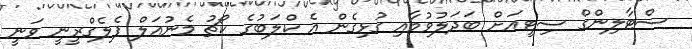
ސްޓާލިންގް ސިޓީއަށް ބަދަލުވުމާއި ގުޅިގެން އެ ކްލަބުގެ ކޯޗު މެނުއަލް ޕެލެގްރީނީ ވަނީ